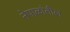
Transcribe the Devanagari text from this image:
नेपाळांतील